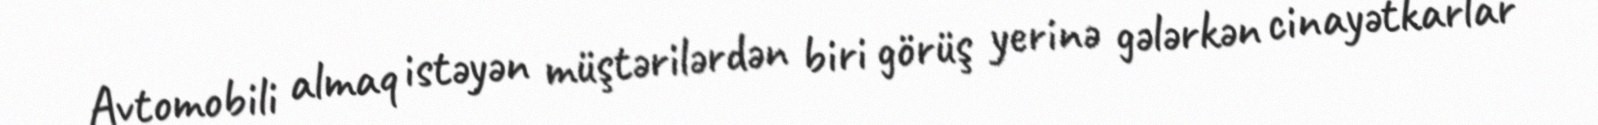
Avtomobili almaq istəyən müştərilərdən biri görüş yerinə gələrkən cinayətkarlar